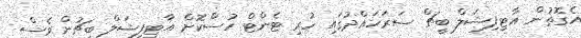
އެގޮތުން އާޓިފިޝަލް ބީޗް ސަރަހައްދުގައި ހުރި ޓެންޓް ހުސްކޮށް އާޓިފިޝަލް ބީޗުން ވެސް